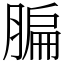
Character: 䐔